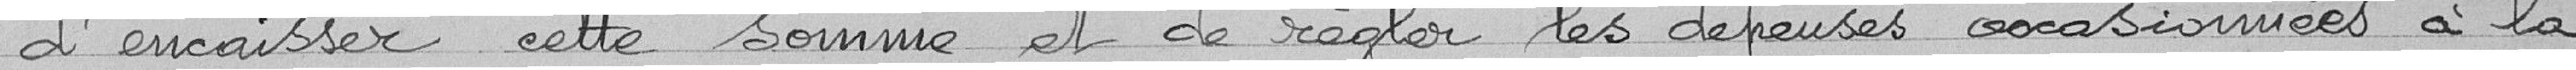
d'encaisser cette somme et de régler les dépenses occasionnées à la